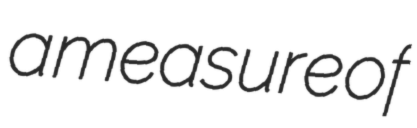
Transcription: a measure of